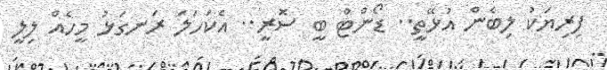
ފިރިޔަކު ލިބެން އުޅޭތީ.. ޑޯންޓް ބީ ސޮރީ.. އެކަހަލަ ރަނގަޅު މީހެއް ލިލީ